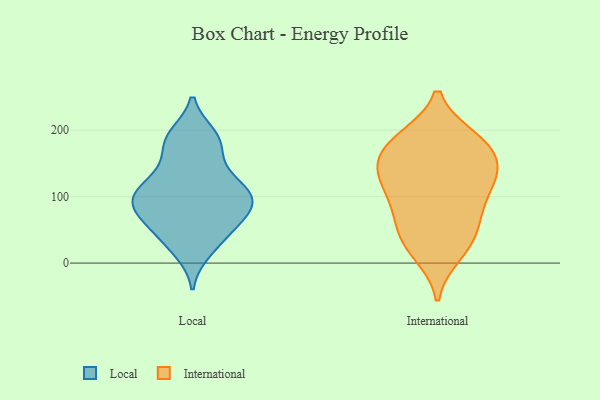
{"axis": {"x": "Temperature (°C)", "y": "Value"}, "legend": ["International", "Local"], "data": [{"x": "", "y": 108, "type": "Local"}, {"x": "", "y": 107, "type": "Local"}, {"x": "", "y": 102, "type": "Local"}, {"x": "", "y": 47, "type": "Local"}, {"x": "", "y": 136, "type": "Local"}, {"x": "", "y": 181, "type": "Local"}, {"x": "", "y": 190, "type": "Local"}, {"x": "", "y": 102, "type": "Local"}, {"x": "", "y": 79, "type": "Local"}, {"x": "", "y": 178, "type": "Local"}, {"x": "", "y": 72, "type": "Local"}, {"x": "", "y": 18, "type": "Local"}, {"x": "", "y": 143, "type": "Local"}, {"x": "", "y": 192, "type": "Local"}, {"x": "", "y": 75, "type": "Local"}, {"x": "", "y": 101, "type": "Local"}, {"x": "", "y": 50, "type": "Local"}, {"x": "", "y": 106, "type": "Local"}, {"x": "", "y": 28, "type": "Local"}, {"x": "", "y": 74, "type": "Local"}, {"x": "", "y": 104, "type": "International"}, {"x": "", "y": 39, "type": "International"}, {"x": "", "y": 103, "type": "International"}, {"x": "", "y": 148, "type": "International"}, {"x": "", "y": 145, "type": "International"}, {"x": "", "y": 183, "type": "International"}, {"x": "", "y": 183, "type": "International"}, {"x": "", "y": 183, "type": "International"}, {"x": "", "y": 128, "type": "International"}, {"x": "", "y": 54, "type": "International"}, {"x": "", "y": 14, "type": "International"}, {"x": "", "y": 188, "type": "International"}, {"x": "", "y": 141, "type": "International"}, {"x": "", "y": 87, "type": "International"}, {"x": "", "y": 64, "type": "International"}, {"x": "", "y": 142, "type": "International"}, {"x": "", "y": 23, "type": "International"}]}